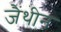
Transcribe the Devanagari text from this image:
जैंथीन